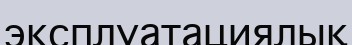
эксплуатациялық